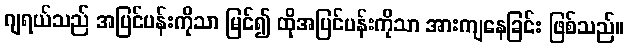
ဂျရယ်သည် အပြင်ပန်းကိုသာ မြင်၍ ထိုအပြင်ပန်းကိုသာ အားကျနေခြင်း ဖြစ်သည်။